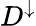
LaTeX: D^{\downarrow}